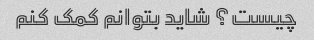
چیست؟ شاید بتوانم کمک کنم